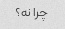
چرا نه؟